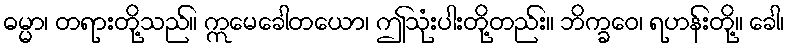
ဓမ္မာ၊ တရားတို့သည်။ ဣမေခေါတယော၊ ဤသုံးပါးတို့တည်း။ ဘိက္ခဝေ၊ ရဟန်းတို့။ ခေါ၊